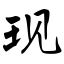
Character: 现